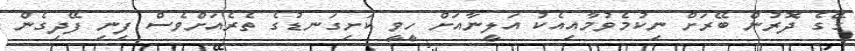
ގޭގެ ދޮރުން ބޭރަށް ނިކުމެވުމާއިއެކު އަލީނާއަށް ހީވީ ކަށިގަނޑުގެ ތެރެއަށްވެސް ފިނި ފޭދިގެން